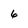
Character: 6